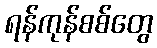
ရန်ကုန်စစ်တွေ